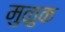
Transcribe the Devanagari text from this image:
मुळुक